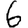
Digit: 6